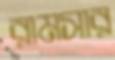
রামসার